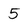
Character: 5